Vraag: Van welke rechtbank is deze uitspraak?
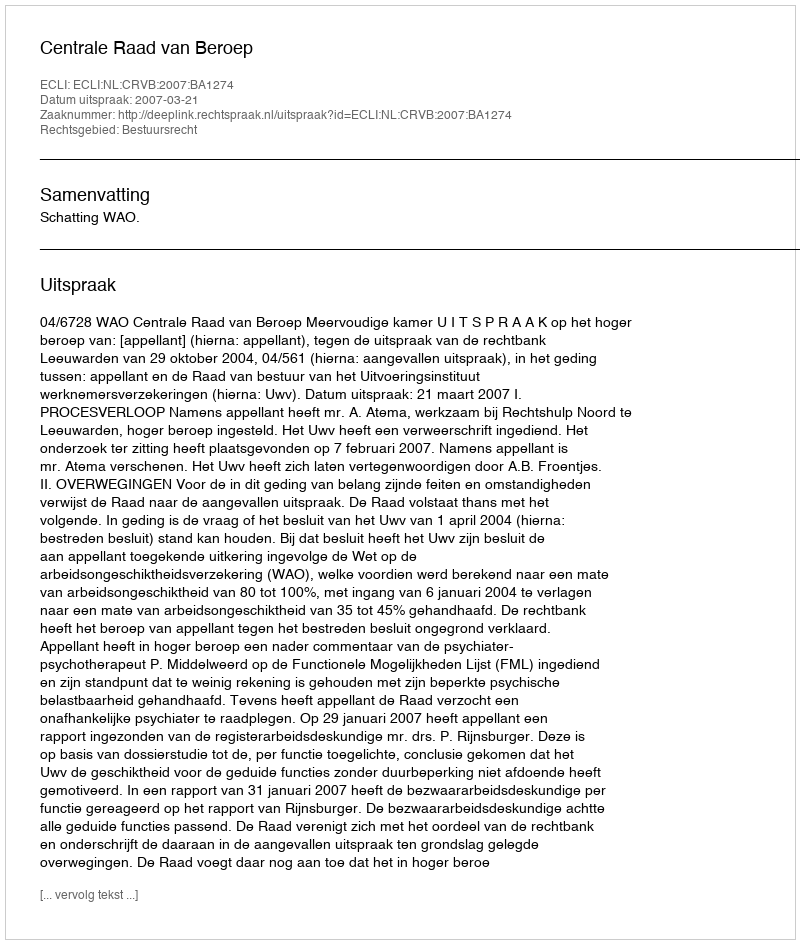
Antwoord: Centrale Raad van Beroep